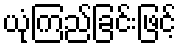
ယုံကြည်ခြင်းဖြင့်